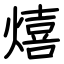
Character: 熺